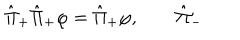
\hat { \Pi } _ { + } \hat { \Pi } _ { + } \varphi = \hat { \Pi } _ { + } \varphi , \qquad \hat { \Pi } _ { - }